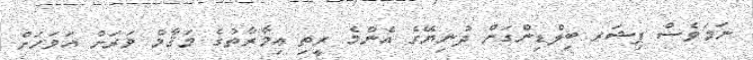
ނަމަވެސް ފިޝަރ ބިލްޑިންގަށް ދުނިޔޭގެ އެންމެ ރީތި ޢިމާރާތުގެ މަޤާމް ވަރަށް އަވަހަށް